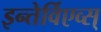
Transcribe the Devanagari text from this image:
इन्तेर्विएव्स्